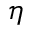
\eta